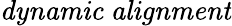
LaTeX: \mathit{dynamic~alignment}